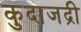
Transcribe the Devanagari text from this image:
कुदाजद्री